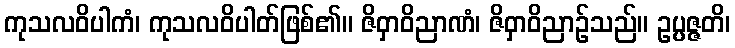
ကုသလဝိပါကံ၊ ကုသလဝိပါတ်ဖြစ်၏။ ဇိဝှာဝိညာဏံ၊ ဇိဝှာဝိညာဉ်သည်။ ဥပ္ပဇ္ဇတိ၊